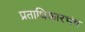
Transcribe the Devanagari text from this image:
प्रताधिकारभंग